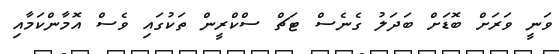
ވަނީ ވަރަށް ބޮޑަށް ބަދަލު ގެނެސް ޓަޗް ސްކްރީން ތަކުގައި ވެސް އޮމާންކަމާއި